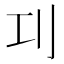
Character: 㓚